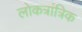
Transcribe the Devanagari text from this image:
लोकत्रांत्रिक